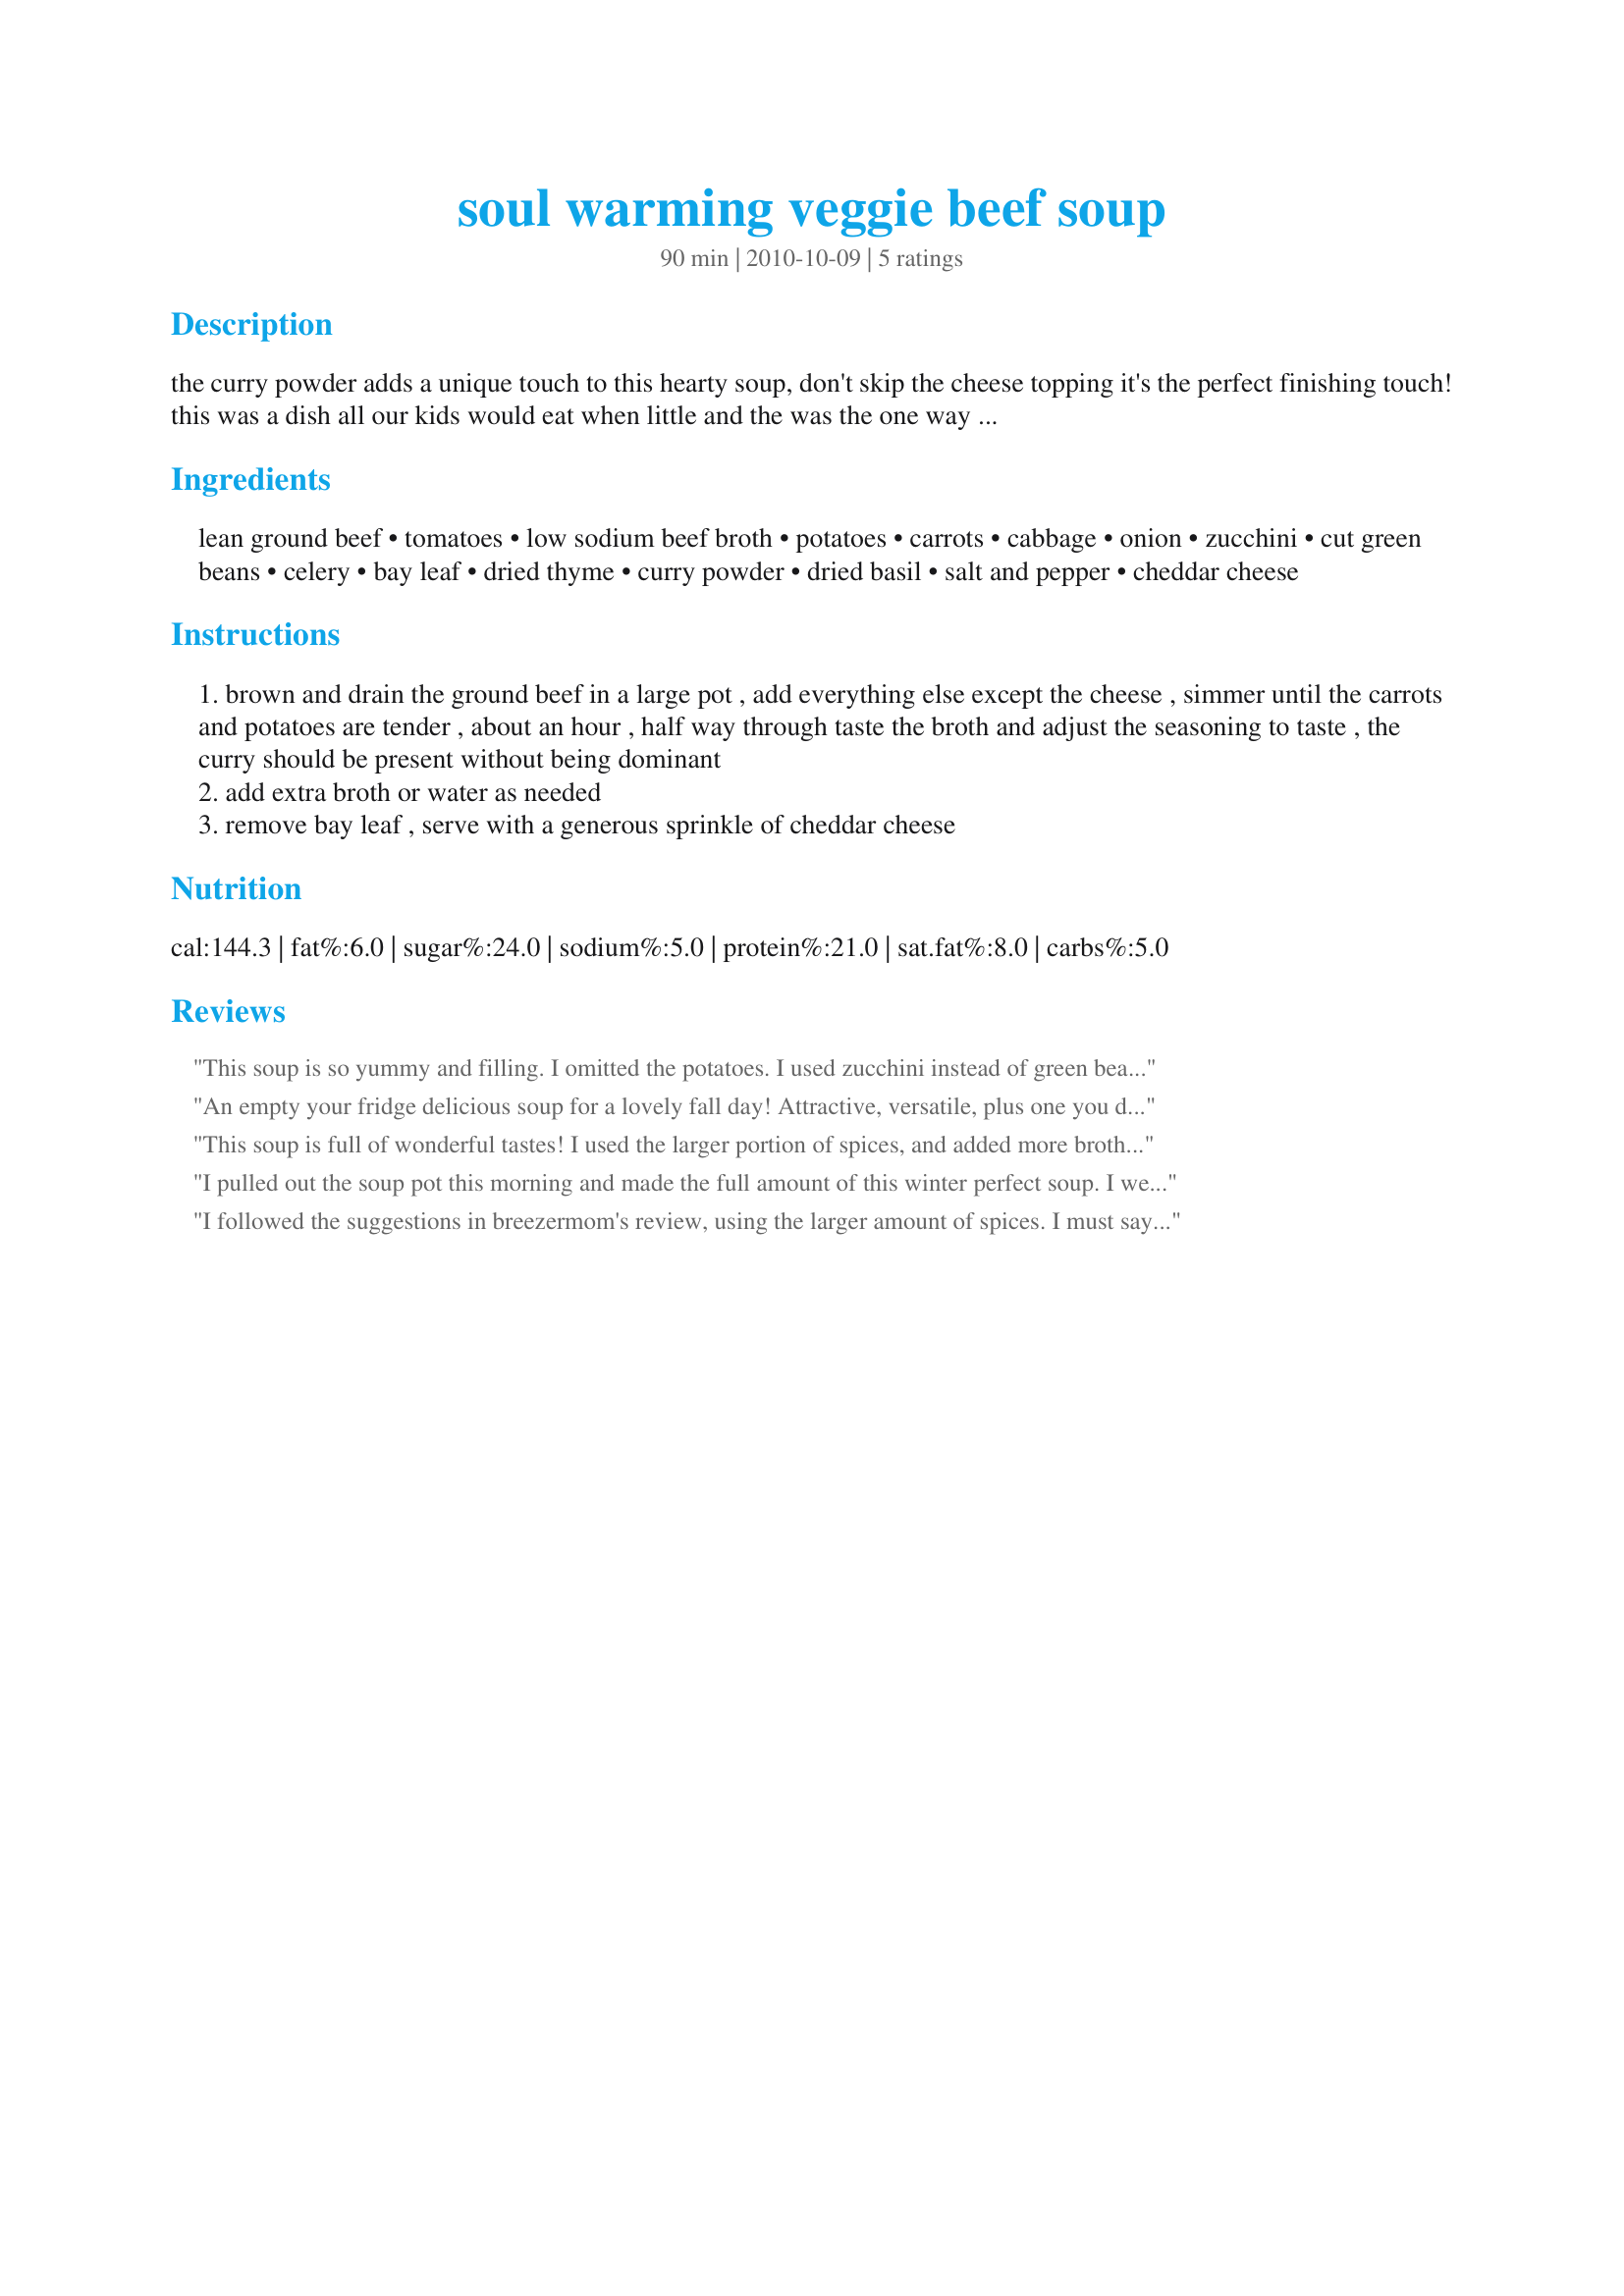
soul warming veggie beef soup
Preparation time: 90 minutes

the curry powder adds a unique touch to this hearty soup, don't skip the cheese topping it's the perfect finishing touch! this was a dish all our kids would eat when little and the was the one way everyone ate cooked cabbage. a bonus was how easy it was to make. the veggies are flexible, my kids didn't like zuchinni so i would sub frozen french cut green beans or corn.

Ingredients:
lean ground beef, tomatoes, low sodium beef broth, potatoes, carrots, cabbage, onion, zucchini, cut green beans, celery, bay leaf, dried thyme, curry powder, dried basil, salt and pepper, cheddar cheese

Steps:
brown and drain the ground beef in a large pot , add everything else except the cheese , simmer until the carrots and potatoes are tender , about an hour , half way through taste the broth and adjust the seasoning to taste , the curry should be present without being dominant
add extra broth or water as needed
remove bay leaf , serve with a generous sprinkle of cheddar cheese

Reviews:
This soup is so yummy and filling. I omitted the potatoes. I used zucchini instead of green beans. Since I don't like curry powder, I omitted it. I ate this soup without the cheese. I'm sure it must be great with cheese. This is a soup I'll do often. But next time I'll have to use a bigger saucepan. I used a large saucepan but I guess that was not enough. Thanks momaphet :) Made for PRMR tag game
An empty your fridge delicious soup for a lovely fall day! Attractive, versatile, plus one you don't have to man stove constantly. Made this yesterday afternoon and reheated some for today and froze the rest. Huge recipe, used my dutch oven pan and filled it up. Used the maximum amount on all seasonings, and increased the liquid by quite a bit, guessing at least by half which diluted the seasonings down so it was very mild. Served with recipe#264859 for a nice lunch. Thanks for posting.
This soup is full of wonderful tastes! I used the larger portion of spices, and added more broth to mine, because as posted this is more of a stew.....very little liquid left. I also had to cook mine longer to get the potatoes and carrots tender, so I'll either cut those smaller or cook longer from now on. This is a very satisfying soup, and I'll make it often in the winter months. Love the curry in this....I think I'll enjoy even an extra portion of curry in mine next time! Thanks for sharing a wonderful one-dish meal!
I pulled out the soup pot this morning and made the full amount of this winter perfect soup. I went with the green bean option and added more broth. We had a great lunch of the soup and Recipe #336950. It&#039;s really hearty and you won&#039;t need anything else because it&#039;s a full meal in it&#039;s self. Lots of great flavor here.
I followed the suggestions in breezermom's review, using the larger amount of spices. I must say that the curry really put this soup over the top. This was so full of flavor and filling too. I will definitely be making this again.
